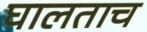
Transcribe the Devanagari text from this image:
घालताच